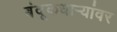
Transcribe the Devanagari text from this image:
बंदूकधार्‍यांवर